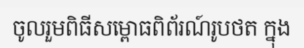
ចូលរួមពិធីសម្ពោធពិព័រណ៍រូបថត ក្នុង